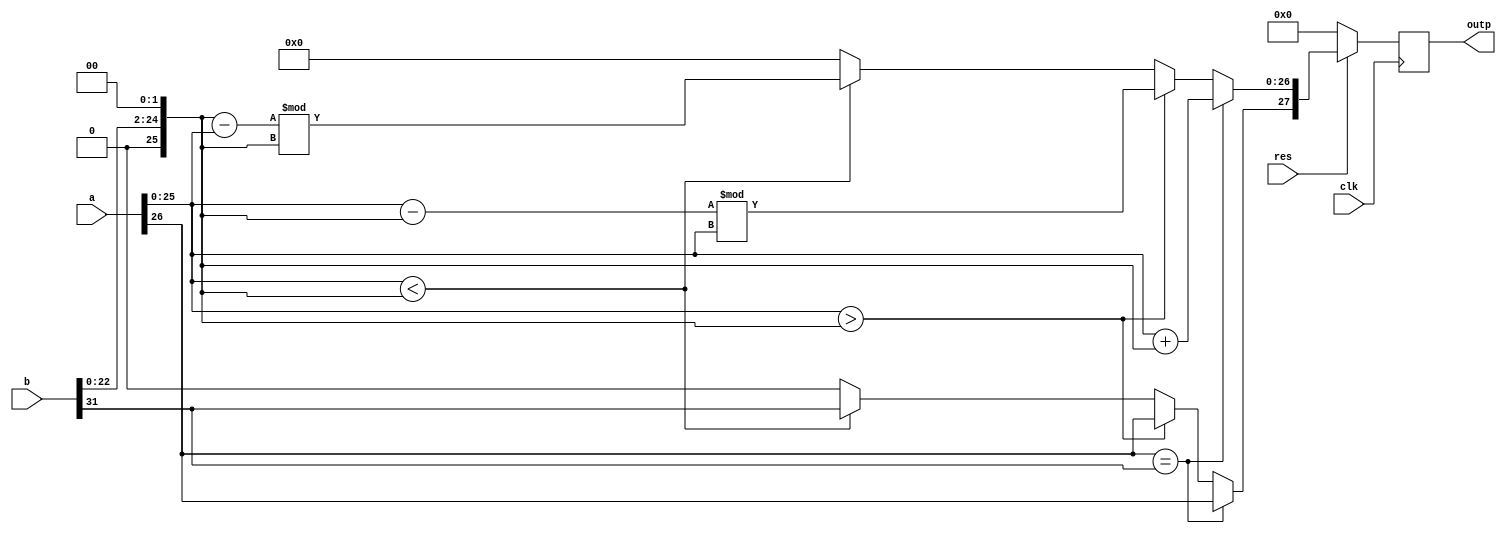
`timescale 1ns / 1ps
//////////////////////////////////////////////////////////////////////////////////
// Company: 
// Engineer: 
// 
// Design Name: 
// Module Name: Big_Alu
// Project Name: 
// Target Devices: 
// Tool Versions: 
// Description: 
// 
// Dependencies: 
// 
// Revision:
// Revision 0.01 - File Created
// Additional Comments:
// 
//////////////////////////////////////////////////////////////////////////////////


module Big_Alu(clk, res, a, b, outp);
  input clk,res;
  input [26:0] a;
  input [31:0] b;
  reg sig_a,sig_b;
  reg [26:0] fra_a=0,mid;
  reg [26:0] fra_b=0;
  output reg [27:0] outp=0; //Added an overflow place at 26.
  
  always @(posedge clk)
    begin
      sig_a = a[26];
      sig_b = b[31];
      fra_a[25:0] = a[25:0];
      fra_b[24:2] = b[22:0];
      mid = 0;
      if(sig_a == sig_b)
        begin
          outp[27] = sig_a;
          outp[26:0] = fra_a + fra_b;
        end
      else
        begin
          if(fra_a > fra_b)
            begin
              outp[27] = sig_a;
              mid = (fra_a - fra_b)%fra_a;
              outp[26:0] = mid;
            end
          else if(fra_a < fra_b)
            begin
              outp[27] = sig_b;
              mid = (fra_b - fra_a)%fra_b;
              outp[26:0] = mid;
            end
          else
            outp = 0;
          end
        fra_b[25] = 0;
      if(res == 0)
        outp = 0;
    end
endmodule